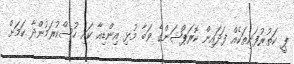
ޕީ ކަތުރުފަނިތަކެއް ފަދައިން ކޮރަޕްޝަންގެ ވަބާ މުޅި އިންޑިއާ ކައި ހުސްކުރަމުންދާ ކަމަށް